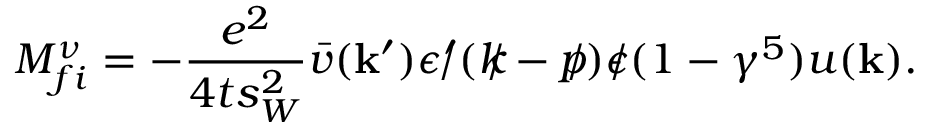
{ \cal M } _ { f i } ^ { \nu } = - \frac { e ^ { 2 } } { 4 t s _ { W } ^ { 2 } } \bar { v } ( { \bf k } ^ { \prime } ) \epsilon ^ { \prime } \! \! \! / ( k \! \! \! / - p \! \! \! / ) \epsilon \! \! \! / ( 1 - \gamma ^ { 5 } ) u ( { \bf k } ) .